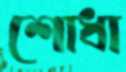
শোধা